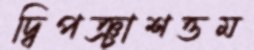
দ্বিপঞ্চাশত্তম